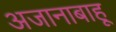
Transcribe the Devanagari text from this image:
अजानाबाहू